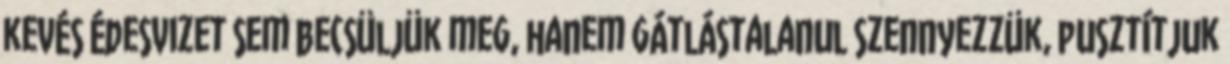
kevés édesvizet sem becsüljük meg, hanem gátlástalanul szennyezzük, pusztítjuk